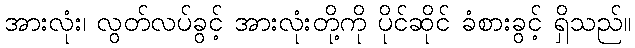
အားလုံး၊ လွတ်လပ်ခွင့် အားလုံးတို့ကို ပိုင်ဆိုင် ခံစားခွင့် ရှိသည်။